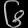
Digit: ၆